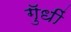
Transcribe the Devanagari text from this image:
गुॅधीं